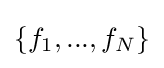
\{f_{1},...,f_{N}\}